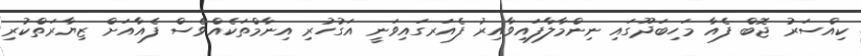
ކިއްސަރު ޖޮބް ފެއާ މަހިބަދޫގައި ނިންމާލާފައިވާއިރު ފެއަރގައިވަނީ އަގުހުރި އިނާމްތަކެއްވެސް ފެއާއަށް ޒިޔާރަތްކުރި